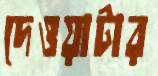
দেওয়াটার